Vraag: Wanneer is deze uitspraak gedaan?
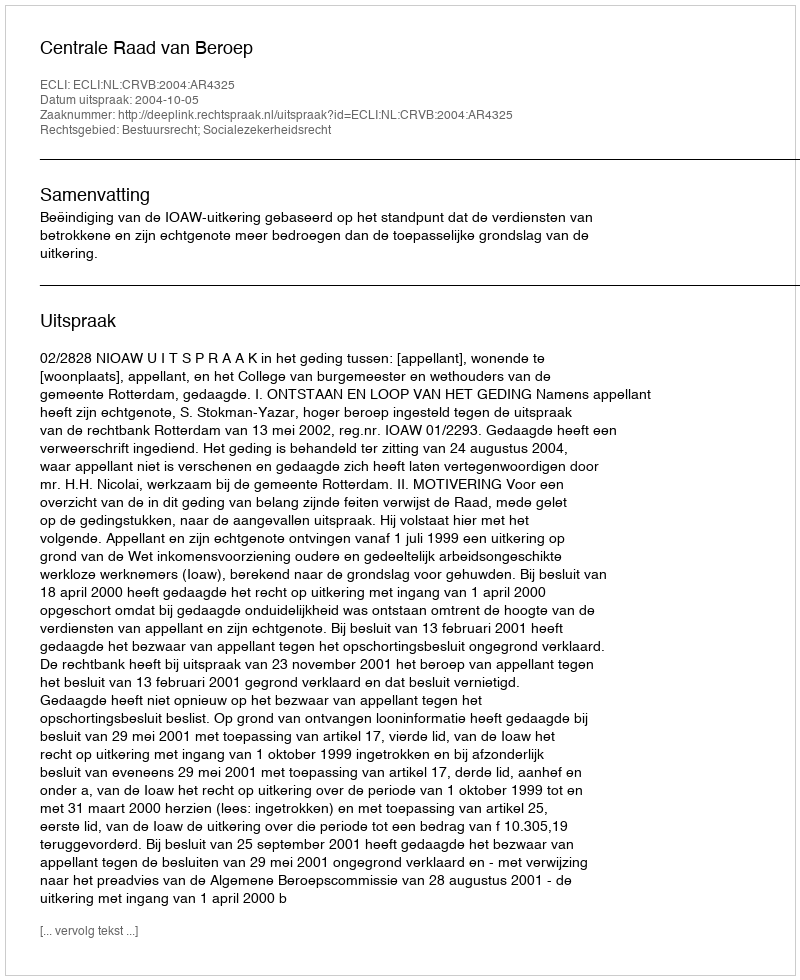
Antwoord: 2004-10-05